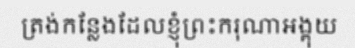
ត្រង់កន្លែងដែលខ្ញុំព្រះករុណាអង្គុយ